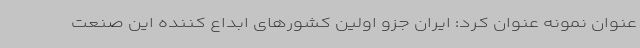
عنوان نمونه عنوان کرد: ایران جزو اولین کشورهای ابداع کننده این صنعت